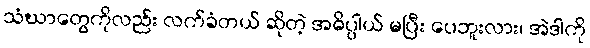
သံဃာတွေကိုလည်း လက်ခံတယ် ဆိုတဲ့ အဓိပ္ပါယ် မပြီး ပေဘူးလား၊ အဲဒါကို